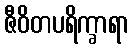
ဇီဝိတပရိက္ခာရာ